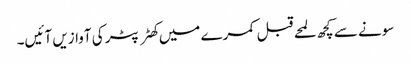
سونے سے کچھ لمحے قبل کمرے میں کھٹر پٹر کی آوازیں آئیں۔